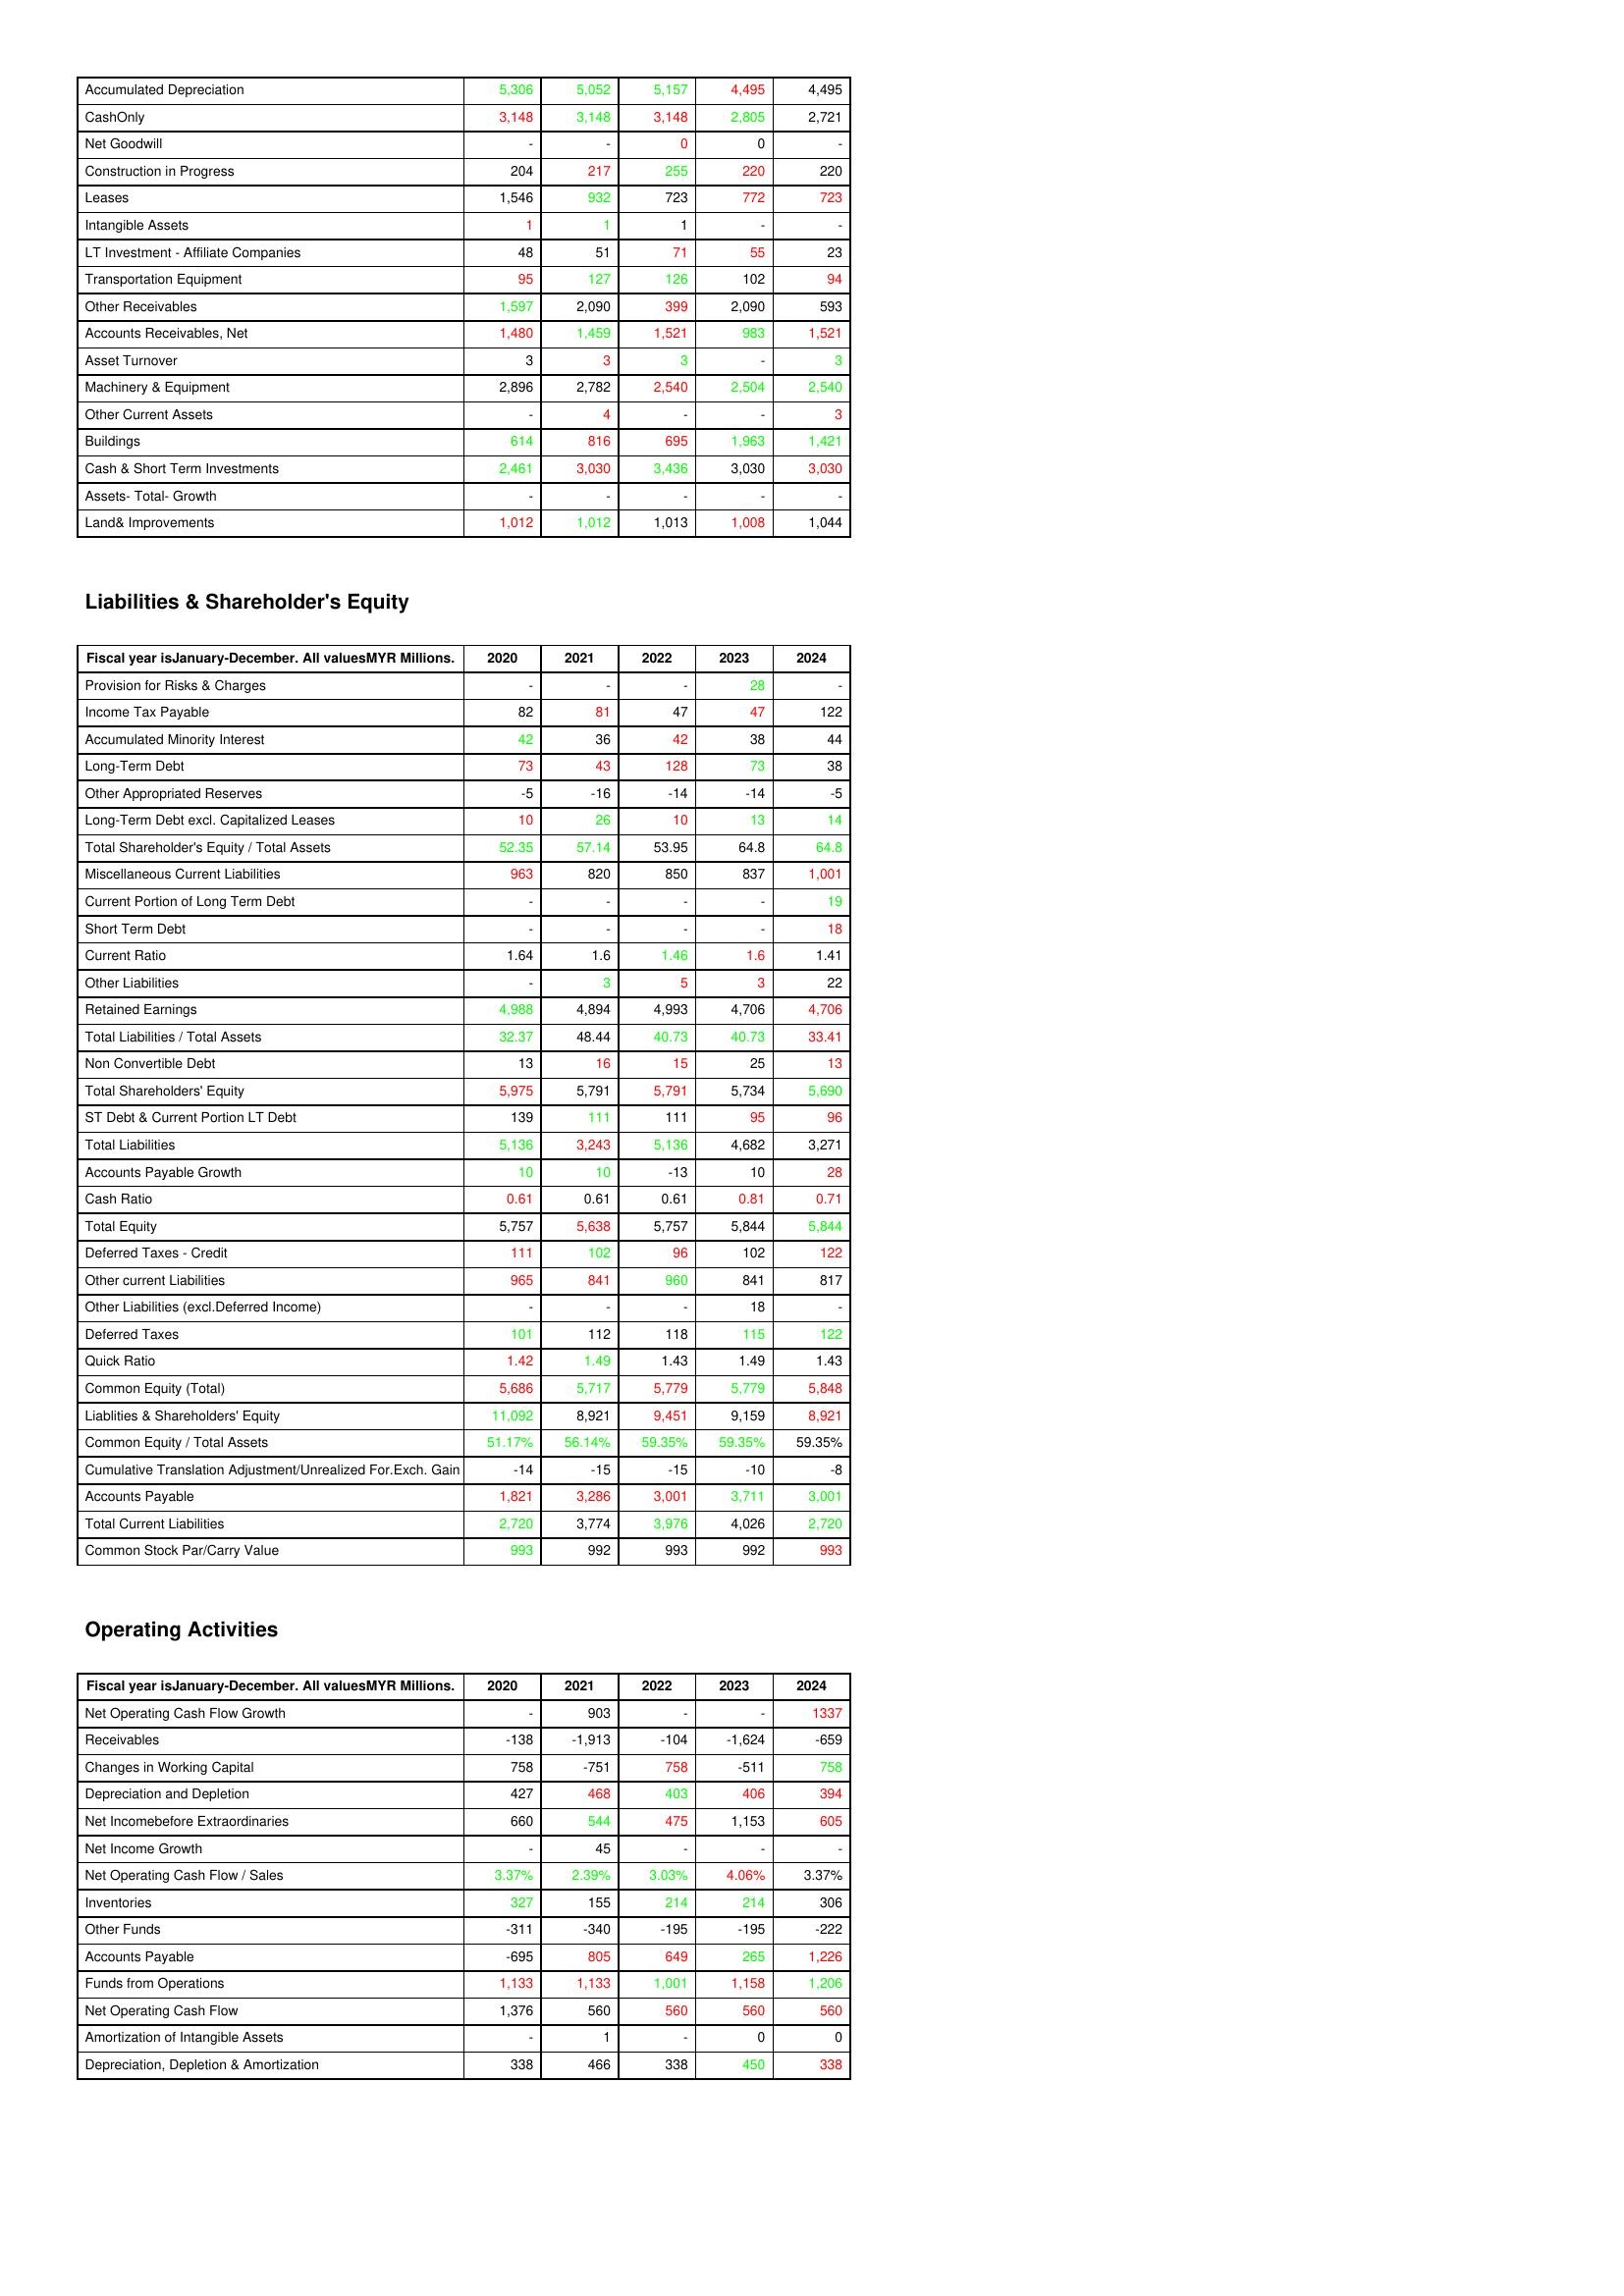
gt_parse: 2020: Assets: Accumulated Depreciation: 5,306
CashOnly: 3,148
Net Goodwill: -
Construction in Progress: 204
Leases: 1,546
Intangible Assets: 1
LT Investment - Affiliate Companies: 48
Transportation Equipment: 95
Other Receivables: 1,597
Accounts Receivables, Net: 1,480
Asset Turnover: 3
Machinery & Equipment: 2,896
Other Current Assets: -
Buildings: 614
Cash & Short Term Investments: 2,461
Assets- Total- Growth: -
Land& Improvements: 1,012
Liabilities & Shareholder's Equity: Provision for Risks & Charges: -
Income Tax Payable: 82
Accumulated Minority Interest: 42
Long-Term Debt: 73
Other Appropriated Reserves: -5
Long-Term Debt excl. Capitalized Leases: 10
Total Shareholder's Equity / Total Assets: 52.35
Miscellaneous Current Liabilities: 963
Current Portion of Long Term Debt: -
Short Term Debt: -
Current Ratio: 1.64
Other Liabilities: -
Retained Earnings: 4,988
Total Liabilities / Total Assets: 32.37
Non Convertible Debt: 13
Total Shareholders' Equity: 5,975
ST Debt & Current Portion LT Debt: 139
Total Liabilities: 5,136
Accounts Payable Growth: 10
Cash Ratio: 0.61
Total Equity: 5,757
Deferred Taxes - Credit: 111
Other current Liabilities: 965
Other Liabilities (excl.Deferred Income): -
Deferred Taxes: 101
Quick Ratio: 1.42
Common Equity (Total): 5,686
Liablities & Shareholders' Equity: 11,092
Common Equity / Total Assets: 51.17%
Cumulative Translation Adjustment/Unrealized For.Exch. Gain: -14
Accounts Payable: 1,821
Total Current Liabilities: 2,720
Common Stock Par/Carry Value: 993
Operating Activities: Net Operating Cash Flow Growth: -
Receivables: -138
Changes in Working Capital: 758
Depreciation and Depletion: 427
Net Incomebefore Extraordinaries: 660
Net Income Growth: -
Net Operating Cash Flow / Sales: 3.37%
Inventories: 327
Other Funds: -311
Accounts Payable: -695
Funds from Operations: 1,133
Net Operating Cash Flow: 1,376
Amortization of Intangible Assets: -
Depreciation, Depletion & Amortization: 338
2021: Assets: Accumulated Depreciation: 5,052
CashOnly: 3,148
Net Goodwill: -
Construction in Progress: 217
Leases: 932
Intangible Assets: 1
LT Investment - Affiliate Companies: 51
Transportation Equipment: 127
Other Receivables: 2,090
Accounts Receivables, Net: 1,459
Asset Turnover: 3
Machinery & Equipment: 2,782
Other Current Assets: 4
Buildings: 816
Cash & Short Term Investments: 3,030
Assets- Total- Growth: -
Land& Improvements: 1,012
Liabilities & Shareholder's Equity: Provision for Risks & Charges: -
Income Tax Payable: 81
Accumulated Minority Interest: 36
Long-Term Debt: 43
Other Appropriated Reserves: -16
Long-Term Debt excl. Capitalized Leases: 26
Total Shareholder's Equity / Total Assets: 57.14
Miscellaneous Current Liabilities: 820
Current Portion of Long Term Debt: -
Short Term Debt: -
Current Ratio: 1.6
Other Liabilities: 3
Retained Earnings: 4,894
Total Liabilities / Total Assets: 48.44
Non Convertible Debt: 16
Total Shareholders' Equity: 5,791
ST Debt & Current Portion LT Debt: 111
Total Liabilities: 3,243
Accounts Payable Growth: 10
Cash Ratio: 0.61
Total Equity: 5,638
Deferred Taxes - Credit: 102
Other current Liabilities: 841
Other Liabilities (excl.Deferred Income): -
Deferred Taxes: 112
Quick Ratio: 1.49
Common Equity (Total): 5,717
Liablities & Shareholders' Equity: 8,921
Common Equity / Total Assets: 56.14%
Cumulative Translation Adjustment/Unrealized For.Exch. Gain: -15
Accounts Payable: 3,286
Total Current Liabilities: 3,774
Common Stock Par/Carry Value: 992
Operating Activities: Net Operating Cash Flow Growth: 903
Receivables: -1,913
Changes in Working Capital: -751
Depreciation and Depletion: 468
Net Incomebefore Extraordinaries: 544
Net Income Growth: 45
Net Operating Cash Flow / Sales: 2.39%
Inventories: 155
Other Funds: -340
Accounts Payable: 805
Funds from Operations: 1,133
Net Operating Cash Flow: 560
Amortization of Intangible Assets: 1
Depreciation, Depletion & Amortization: 466
2022: Assets: Accumulated Depreciation: 5,157
CashOnly: 3,148
Net Goodwill: 0
Construction in Progress: 255
Leases: 723
Intangible Assets: 1
LT Investment - Affiliate Companies: 71
Transportation Equipment: 126
Other Receivables: 399
Accounts Receivables, Net: 1,521
Asset Turnover: 3
Machinery & Equipment: 2,540
Other Current Assets: -
Buildings: 695
Cash & Short Term Investments: 3,436
Assets- Total- Growth: -
Land& Improvements: 1,013
Liabilities & Shareholder's Equity: Provision for Risks & Charges: -
Income Tax Payable: 47
Accumulated Minority Interest: 42
Long-Term Debt: 128
Other Appropriated Reserves: -14
Long-Term Debt excl. Capitalized Leases: 10
Total Shareholder's Equity / Total Assets: 53.95
Miscellaneous Current Liabilities: 850
Current Portion of Long Term Debt: -
Short Term Debt: -
Current Ratio: 1.46
Other Liabilities: 5
Retained Earnings: 4,993
Total Liabilities / Total Assets: 40.73
Non Convertible Debt: 15
Total Shareholders' Equity: 5,791
ST Debt & Current Portion LT Debt: 111
Total Liabilities: 5,136
Accounts Payable Growth: -13
Cash Ratio: 0.61
Total Equity: 5,757
Deferred Taxes - Credit: 96
Other current Liabilities: 960
Other Liabilities (excl.Deferred Income): -
Deferred Taxes: 118
Quick Ratio: 1.43
Common Equity (Total): 5,779
Liablities & Shareholders' Equity: 9,451
Common Equity / Total Assets: 59.35%
Cumulative Translation Adjustment/Unrealized For.Exch. Gain: -15
Accounts Payable: 3,001
Total Current Liabilities: 3,976
Common Stock Par/Carry Value: 993
Operating Activities: Net Operating Cash Flow Growth: -
Receivables: -104
Changes in Working Capital: 758
Depreciation and Depletion: 403
Net Incomebefore Extraordinaries: 475
Net Income Growth: -
Net Operating Cash Flow / Sales: 3.03%
Inventories: 214
Other Funds: -195
Accounts Payable: 649
Funds from Operations: 1,001
Net Operating Cash Flow: 560
Amortization of Intangible Assets: -
Depreciation, Depletion & Amortization: 338
2023: Assets: Accumulated Depreciation: 4,495
CashOnly: 2,805
Net Goodwill: 0
Construction in Progress: 220
Leases: 772
Intangible Assets: -
LT Investment - Affiliate Companies: 55
Transportation Equipment: 102
Other Receivables: 2,090
Accounts Receivables, Net: 983
Asset Turnover: -
Machinery & Equipment: 2,504
Other Current Assets: -
Buildings: 1,963
Cash & Short Term Investments: 3,030
Assets- Total- Growth: -
Land& Improvements: 1,008
Liabilities & Shareholder's Equity: Provision for Risks & Charges: 28
Income Tax Payable: 47
Accumulated Minority Interest: 38
Long-Term Debt: 73
Other Appropriated Reserves: -14
Long-Term Debt excl. Capitalized Leases: 13
Total Shareholder's Equity / Total Assets: 64.8
Miscellaneous Current Liabilities: 837
Current Portion of Long Term Debt: -
Short Term Debt: -
Current Ratio: 1.6
Other Liabilities: 3
Retained Earnings: 4,706
Total Liabilities / Total Assets: 40.73
Non Convertible Debt: 25
Total Shareholders' Equity: 5,734
ST Debt & Current Portion LT Debt: 95
Total Liabilities: 4,682
Accounts Payable Growth: 10
Cash Ratio: 0.81
Total Equity: 5,844
Deferred Taxes - Credit: 102
Other current Liabilities: 841
Other Liabilities (excl.Deferred Income): 18
Deferred Taxes: 115
Quick Ratio: 1.49
Common Equity (Total): 5,779
Liablities & Shareholders' Equity: 9,159
Common Equity / Total Assets: 59.35%
Cumulative Translation Adjustment/Unrealized For.Exch. Gain: -10
Accounts Payable: 3,711
Total Current Liabilities: 4,026
Common Stock Par/Carry Value: 992
Operating Activities: Net Operating Cash Flow Growth: -
Receivables: -1,624
Changes in Working Capital: -511
Depreciation and Depletion: 406
Net Incomebefore Extraordinaries: 1,153
Net Income Growth: -
Net Operating Cash Flow / Sales: 4.06%
Inventories: 214
Other Funds: -195
Accounts Payable: 265
Funds from Operations: 1,158
Net Operating Cash Flow: 560
Amortization of Intangible Assets: 0
Depreciation, Depletion & Amortization: 450
2024: Assets: Accumulated Depreciation: 4,495
CashOnly: 2,721
Net Goodwill: -
Construction in Progress: 220
Leases: 723
Intangible Assets: -
LT Investment - Affiliate Companies: 23
Transportation Equipment: 94
Other Receivables: 593
Accounts Receivables, Net: 1,521
Asset Turnover: 3
Machinery & Equipment: 2,540
Other Current Assets: 3
Buildings: 1,421
Cash & Short Term Investments: 3,030
Assets- Total- Growth: -
Land& Improvements: 1,044
Liabilities & Shareholder's Equity: Provision for Risks & Charges: -
Income Tax Payable: 122
Accumulated Minority Interest: 44
Long-Term Debt: 38
Other Appropriated Reserves: -5
Long-Term Debt excl. Capitalized Leases: 14
Total Shareholder's Equity / Total Assets: 64.8
Miscellaneous Current Liabilities: 1,001
Current Portion of Long Term Debt: 19
Short Term Debt: 18
Current Ratio: 1.41
Other Liabilities: 22
Retained Earnings: 4,706
Total Liabilities / Total Assets: 33.41
Non Convertible Debt: 13
Total Shareholders' Equity: 5,690
ST Debt & Current Portion LT Debt: 96
Total Liabilities: 3,271
Accounts Payable Growth: 28
Cash Ratio: 0.71
Total Equity: 5,844
Deferred Taxes - Credit: 122
Other current Liabilities: 817
Other Liabilities (excl.Deferred Income): -
Deferred Taxes: 122
Quick Ratio: 1.43
Common Equity (Total): 5,848
Liablities & Shareholders' Equity: 8,921
Common Equity / Total Assets: 59.35%
Cumulative Translation Adjustment/Unrealized For.Exch. Gain: -8
Accounts Payable: 3,001
Total Current Liabilities: 2,720
Common Stock Par/Carry Value: 993
Operating Activities: Net Operating Cash Flow Growth: 1337
Receivables: -659
Changes in Working Capital: 758
Depreciation and Depletion: 394
Net Incomebefore Extraordinaries: 605
Net Income Growth: -
Net Operating Cash Flow / Sales: 3.37%
Inventories: 306
Other Funds: -222
Accounts Payable: 1,226
Funds from Operations: 1,206
Net Operating Cash Flow: 560
Amortization of Intangible Assets: 0
Depreciation, Depletion & Amortization: 338